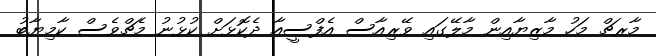
މާރޗް މަހު މާޒިޔާއިން މާލޭގައި ވޭރިއާސް އެފްސީއާ ދެކޮޅަށް ކުޅުނު މެޗްވެސް ކާމިޔާބު